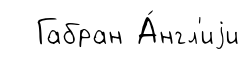
Габран А́нгл'иjи